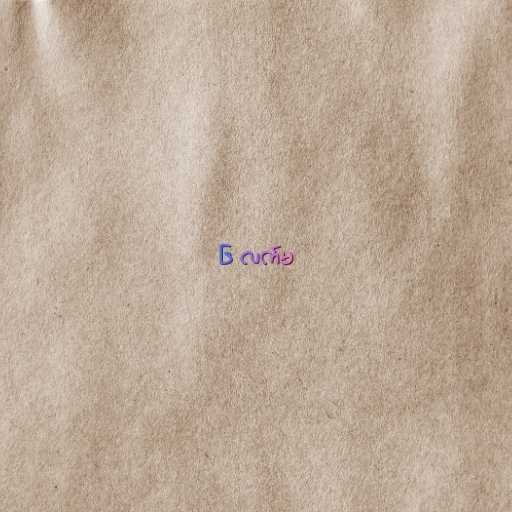
၆ လက်မ